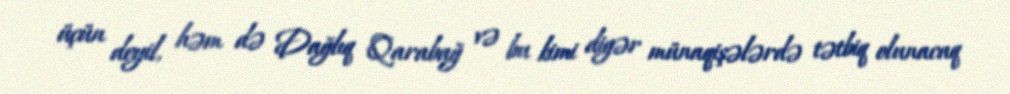
üçün deyil, həm də Dağlıq Qarabağ və bu kimi digər münaqişələrdə tətbiq olunacaq